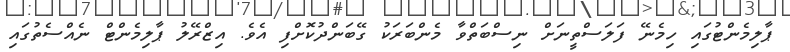
ޕާލިމެންޓުގައި ހިމެނޭ ފަލަސްތީނަށް ނިސްބަތްވާ މެންބަރަކު ގޭބަންދުކޮށްފި އެވެ. އިޒްރޭލު ޕާލިމެންޓް ނެއްސެތުގައި